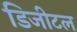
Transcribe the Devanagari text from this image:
डिजीटल